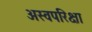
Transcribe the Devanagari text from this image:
अस्वपरिक्षा